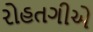
રોહતગીએ